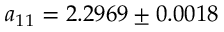
a _ { 1 1 } = 2 . 2 9 6 9 \pm 0 . 0 0 1 8